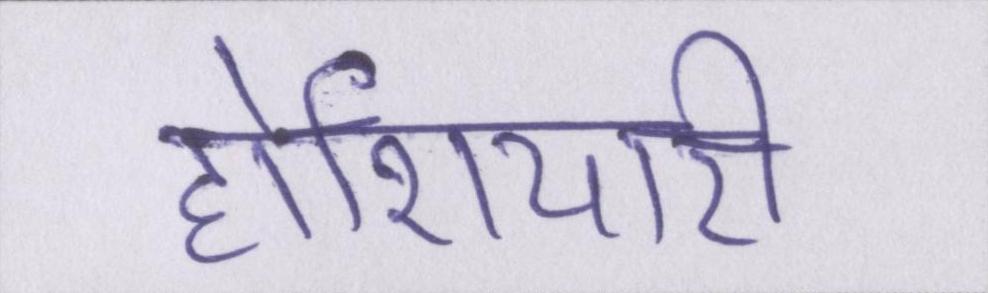
होशियारी